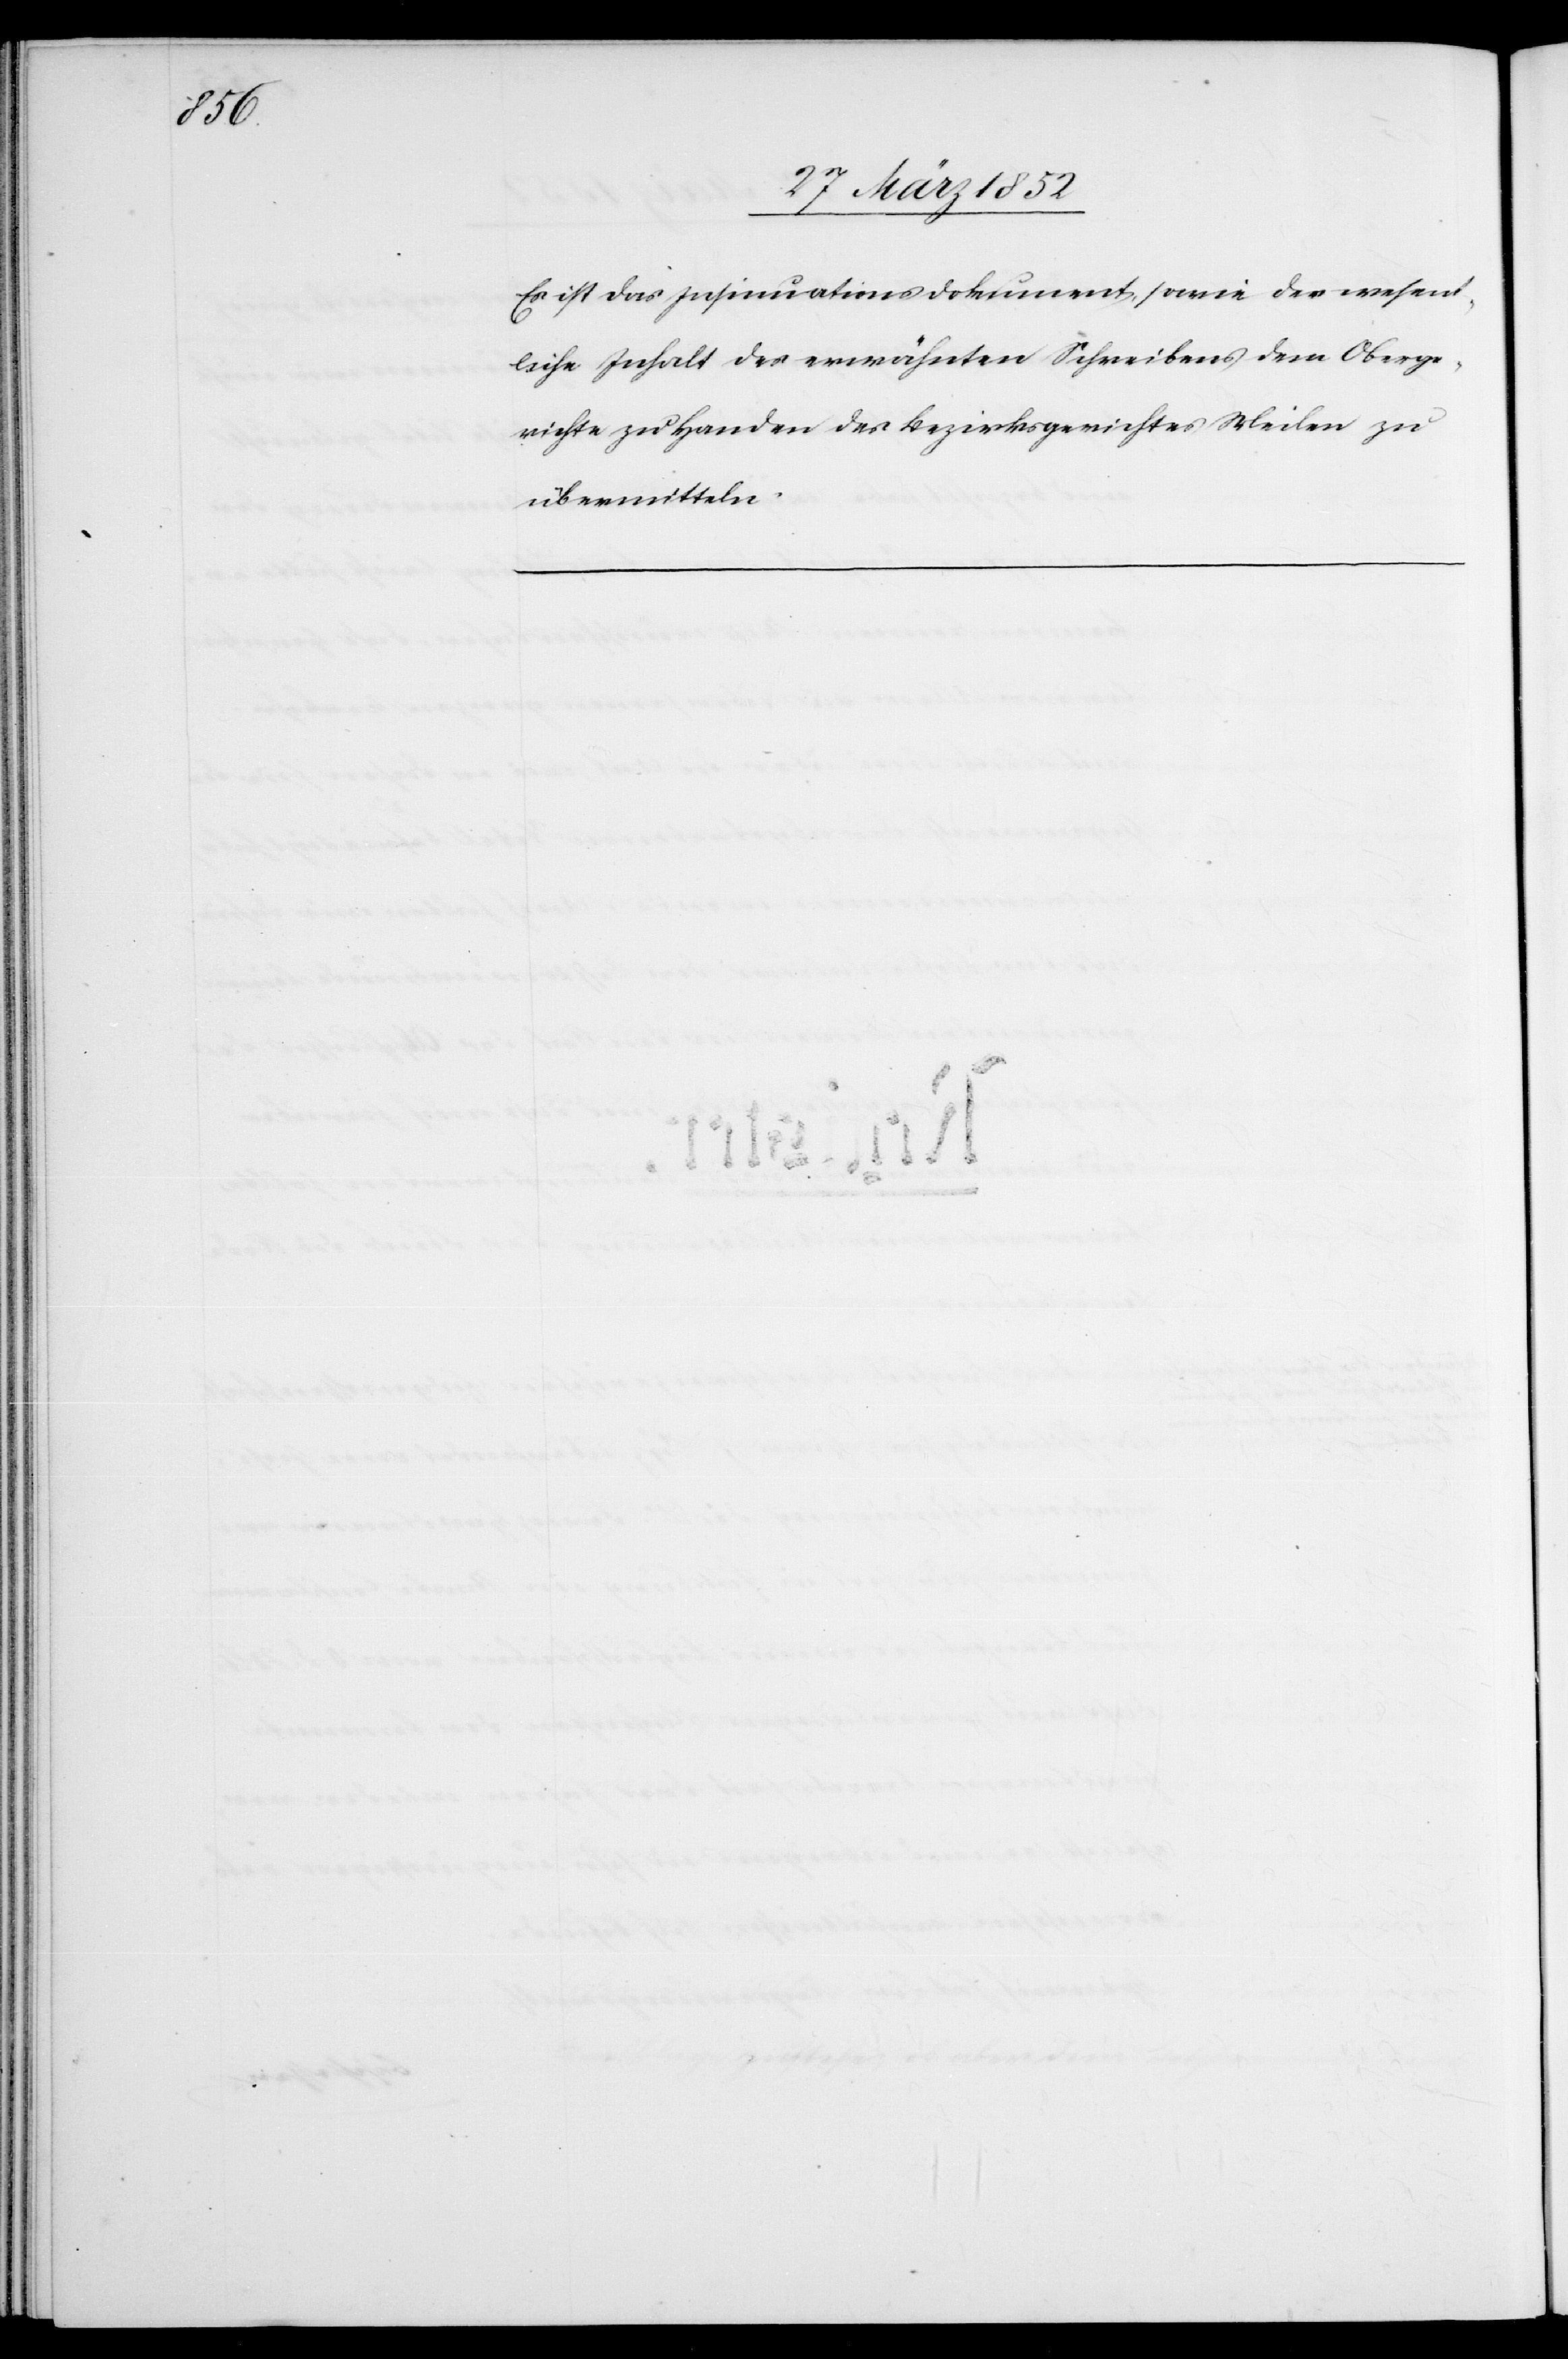
Es ist das Insinuationsdokument sowie der wesent¬
liche Inhalt des erwähnten Schreibens dem Oberge¬
richte zu Handen des Bezirksgerichtes Meilen zu
übermitteln.